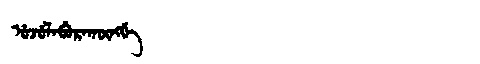
Manchu: ᡠᠵᡠᠯᠠᠪᡠᡵᠠᡴᡡᠩᡤᡝ
Romanization: UJULABURAKŪNGGE